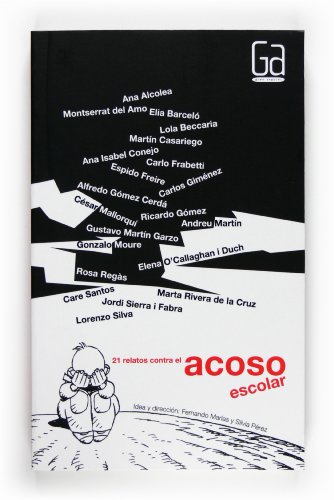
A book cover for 21 relatos contra el acoso escolar / 21 Stories against School Harassment (Gran Angular / Big Angular) (Spanish Edition); Silvia Gamero (DRT) Perez; Teen & Young Adult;